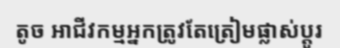
តូច អាជីវកម្មអ្នកត្រូវតែត្រៀមផ្លាស់ប្តូរ